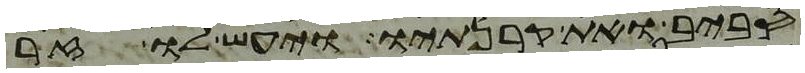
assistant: סביב ואת קרנתיו ויעש לו זר